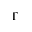
\Gamma